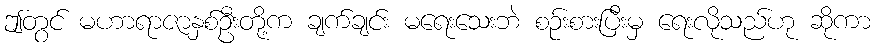
ဤတွင် မဟာရာဇာနှစ်ဦးတို့က ချက်ချင်း မရေးသေးဘဲ စဉ်းစားပြီးမှ ရေးလိုသည်ဟု ဆိုကာ